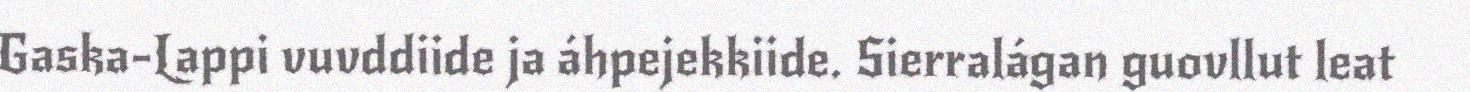
Gaska-Lappi vuvddiide ja áhpejekkiide. Sierralágan guovllut leat